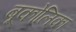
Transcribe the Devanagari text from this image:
बूकोलिका